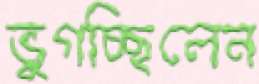
ভুগচ্ছিলেন